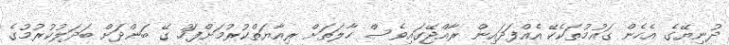
ދުނިޔޭގެ އެހެން ގައުމުތަކެކޭ އެއްފަދައިން ރާއްޖޭގައިވެސް ހާލަތަށް ރިއާޔަތްކުރުމަށްފަހު ގޭ ބަންދަށް ބަދަލުކުރުމުގެ